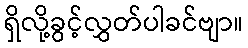
ရှိလို့ခွင့်လွှတ်ပါခင်ဗျာ။